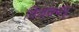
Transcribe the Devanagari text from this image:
विजयचंपू